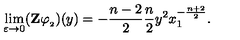
\lim _ { \varepsilon \to 0 } ( \mathbf { Z } \varphi _ { _ 2 } ) ( y ) = - \frac { n - 2 } { 2 } \frac { n } { 2 } y ^ { 2 } x _ { 1 } ^ { - \frac { n + 2 } { 2 } } .